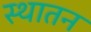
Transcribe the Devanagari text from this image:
स्थातन